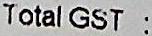
TOTAL GST :